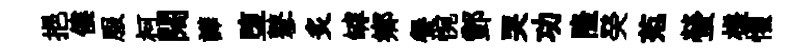
挹僂服柯闊譁堕鼕炙罅郷餐惋酆哭功隆癸范螢槎懼